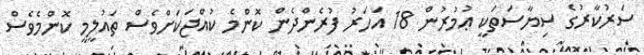
ސަރުކާރުގެ ސިޔާސަތަކީ ޢުމުރުން 18 އަހަރު ފުރެންދެން ކޮންމެ ކުއްޖަކަށްވެސް ތައުލީމީ ކޮންމެވެސް